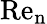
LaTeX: \mathrm{Re}_{\mathrm{n}}